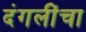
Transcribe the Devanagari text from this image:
दंगलींचा